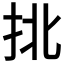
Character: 𢫣